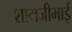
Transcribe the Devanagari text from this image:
शामजीभाई